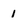
Character: 1